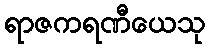
ရာဇကရဏီယေသု